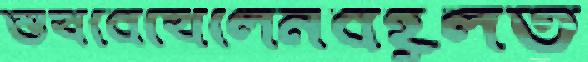
শুঁখবেখেলেনবহূলত